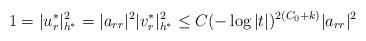
LaTeX: \begin{align*}1=|u_r^{\ast}|^2_{h^{\ast}}=|a_{rr}|^2|v_r^{\ast}|_{h^{\ast}}^2\le C(-\log |t|)^{2(C_0+k)}|a_{rr}|^2\end{align*}